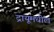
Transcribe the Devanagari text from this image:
द्रायूमधील